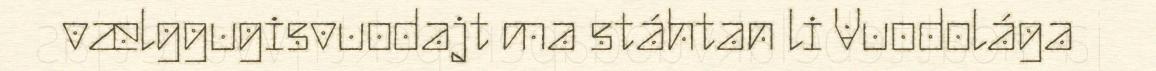
vælggugisvuodajt ma stáhtan li Vuodolága